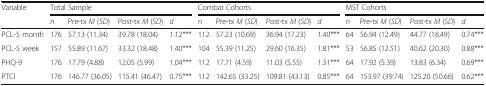
| <ROWSPAN=2> Variable | <COLSPAN=4> Total Sample | <COLSPAN=4> Combat Cohorts | <COLSPAN=4> MST Cohorts |
 | n | Pre-tx M (SD) | Post-tx M (SD) | d | n | Pre-tx M (SD) | Post-tx M (SD) | d | n | Pre-tx M (SD) | Post-tx M (SD) | d |
 | --- | --- | --- | --- | --- | --- | --- | --- | --- | --- | --- | --- | --- |
 | PCL-5 month | 176 | 57.13 (11.34) | 39.78 (18.04) | 1.12*** | 112 | 57.23 (10.69) | 36.94 (17.23) | 1.40*** | 64 | 56.94 (12.49) | 44.77 (18.49) | 0.74*** |
 | PCL-5 week | 157 | 55.89 (11.67) | 33.32 (18.48) | 1.40*** | 104 | 55.39 (11.25) | 29.60 (16.35) | 1.81*** | 53 | 56.85 (12.51) | 40.62 (20.30) | 0.88*** |
 | PHQ-9 | 176 | 17.79 (4.88) | 12.05 (5.99) | 1.04*** | 112 | 17.71 (4.59) | 11.03 (5.55) | 1.31*** | 64 | 17.92 (5.39) | 13.83 (6.34) | 0.69*** |
 | PTCI | 176 | 146.77 (36.05) | 115.41 (46.47) | 0.75*** | 112 | 142.65 (33.25) | 109.81 (43.13) | 0.85*** | 64 | 153.97 (39.74) | 125.20 (50.66) | 0.62*** |